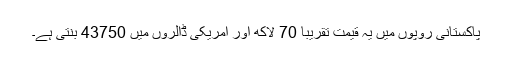
پاکستانی روپوں میں یہ قیمت تقریباً 70 لاکھ اور امریکی ڈالروں میں 43750 بنتی ہے۔